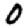
Digit: 0